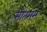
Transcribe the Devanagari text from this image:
सीतराम